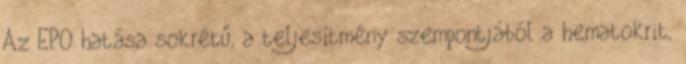
Az EPO hatása sokrétű, a teljesítmény szempontjából a hematokrit,